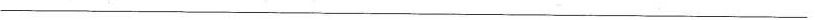
——————————————